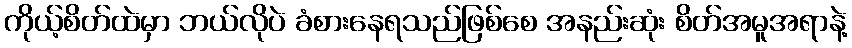
ကိုယ့်စိတ်ထဲမှာ ဘယ်လိုပဲ ခံစားနေရသည်ဖြစ်စေ အနည်းဆုံး စိတ်အမူအရာနဲ့